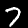
Digit: 7